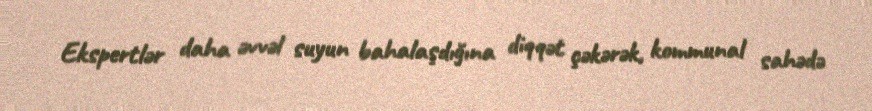
Ekspertlər daha əvvəl suyun bahalaşdığına diqqət çəkərək, kommunal sahədə